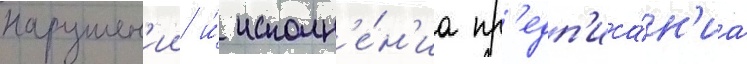
нарушен'ии и́ исполн'е́н'иа пр'едп'иса́н'иа